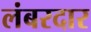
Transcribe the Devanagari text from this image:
लंबरदार